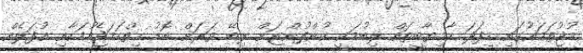
މުޖުތަމައުގައި މިފަދަ ކާމިޔާބީތައް ލިބުމަކީ ކުންފުންޏަށް ލިބޭ ވަރަށް ބޮޑު ހިތްހަމަޖެހުމަކާއި އުފަލެއް